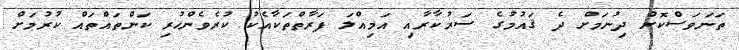
ތަނަވަސްކޮށް ދިނުމަށް ދެ ޤައުމުގެ ސަރުކާރާއި އަމިއްލަ ފަރާތްތަކާއެކު ކުރެވެންހުރި ކަންތައްތައް ކުރުމަށް